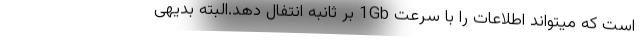
است که میتواند اطلاعات را با سرعت 1Gb بر ثانبه انتفال دهد.البته بدیهی